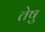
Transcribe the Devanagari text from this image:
तेषु